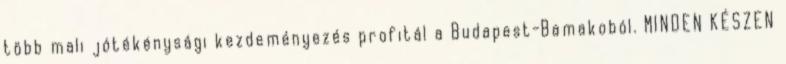
több mali jótékénysági kezdeményezés profitál a Budapest-Bamakoból. MINDEN KÉSZEN